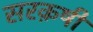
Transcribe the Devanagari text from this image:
सरक़षी